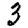
Digit: 3